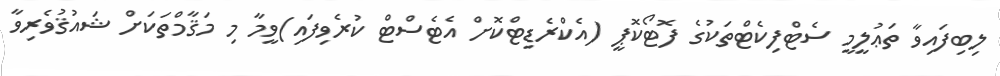
ލިބިފައިވާ ތަޢުލީމީ ސެޓްފިކެޓްތަކުގެ ފޮޓޯކޮޕީ (އެކްރެޑިޓްކޮށް އެޓެސްޓް ކުރެވިފައި)ވީމާ މި މަޤާމްތަކަށް ޝައުޤުވެރިވާ